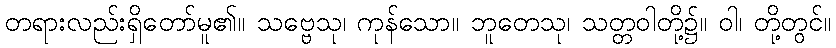
တရားလည်းရှိတော်မူ၏။ သဗ္ဗေသု၊ ကုန်သော။ ဘူတေသု၊ သတ္တဝါတို့၌။ ဝါ၊ တို့တွင်။